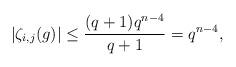
LaTeX: \begin{align*} |\zeta_{i,j}(g)| \leq \frac{(q+1)q^{n-4}}{q+1} = q^{n-4},\end{align*}